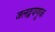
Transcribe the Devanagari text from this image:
जलद्वयणुक